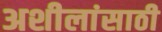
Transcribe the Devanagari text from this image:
अशीलांसाठी